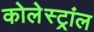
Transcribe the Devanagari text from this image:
कोलेस्ट्रांल